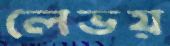
লেভয়